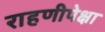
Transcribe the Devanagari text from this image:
राहणीपेक्षा